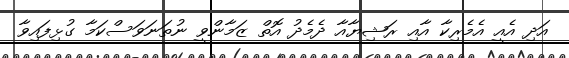
އަދި އެއީ އެމެރިކާ އާއި ރަޝިޔާއާ ދެމެދު އޮތް ޒަމާންވީ ނުތަނަވަސްކަމާ ގުޅިފައިވާ